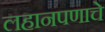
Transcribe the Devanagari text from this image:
लहानपणाचे